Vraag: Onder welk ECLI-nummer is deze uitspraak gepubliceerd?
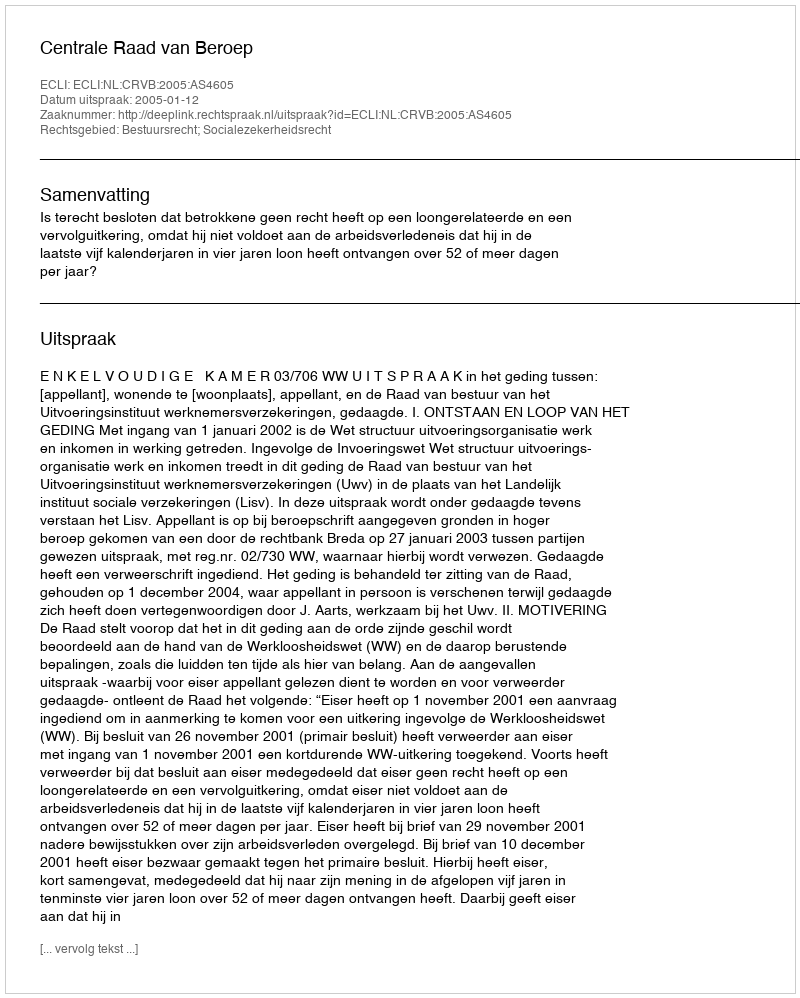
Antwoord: ECLI:NL:CRVB:2005:AS4605